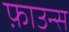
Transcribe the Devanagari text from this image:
फ़ाउन्स